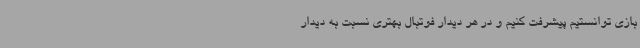
بازی توانستیم پیشرفت کنیم و در هر دیدار فوتبال بهتری نسبت به دیدار